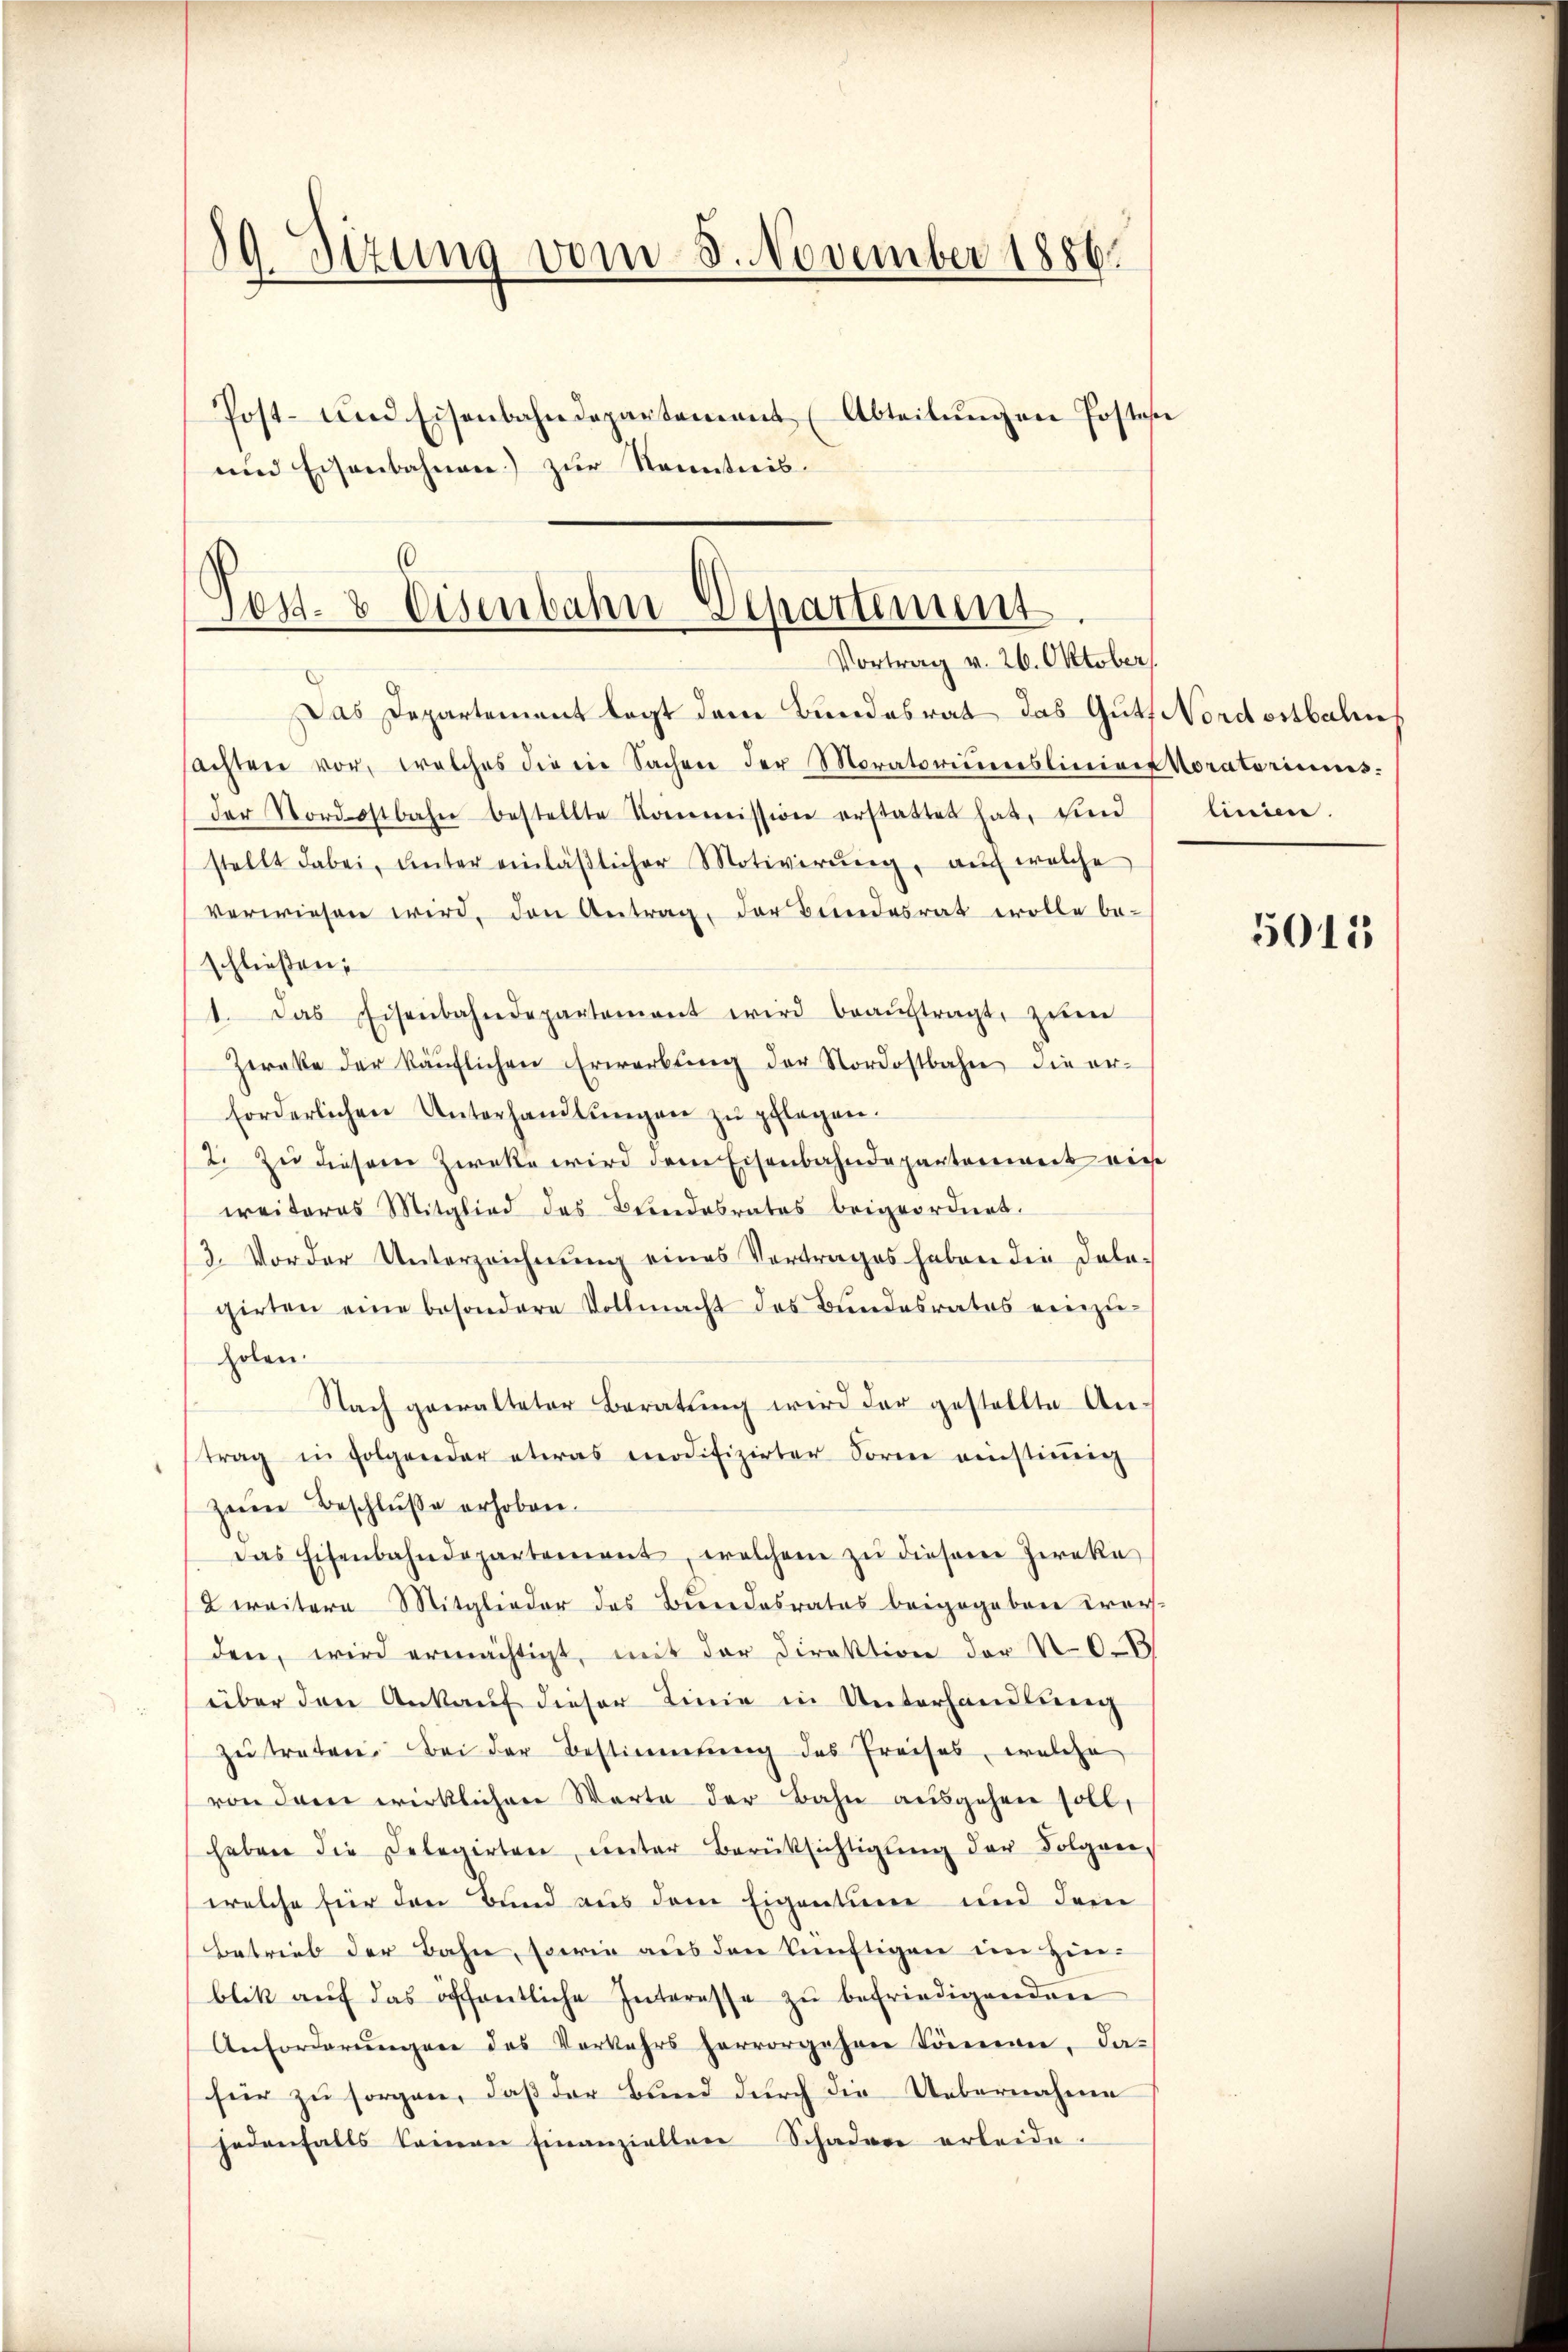
89. Sizung vom 8. November 1886.
Post- und Eisenbahndepartement (Abteilŭngen Postos
und Eisenbahnen) zur Kenntnis¬

Das Departement legt dem Bundesrat das Guts Nordostbalen
sachten vor, welches die ein Sachen der Moratoriieresliniere Voratoriums.
der Nordostbahn bestellte Kommission erstattet hat, und linien.
stellt dabei, unter einläβlicher Motiverŭng, auf welche
verwiesen wird, den Antrag, der Bundesrat wolle be-
schließen:
1. Das Eisenbahndepartement wird beaŭftragt zŭm
Zereke der käŭflichen Erwerbŭng der Nordostbahn die er-
forderlichen Unterhandlŭngen zu pflegen.
2. Zu diesem Zwecke wird dem Eisenbahndepartenweit vie
weiteres Mitglied des Bundesrates beigeordnet.
3. Vorder Unterzeichnung eines Vortrages haben die Delegirten eine besondere Vollmacht des Bŭndesrates einzŭ-
holen.
Nach gewalteter Beratŭng wird der gestellte An-
trag in Folgender etwas modifizirter Forme einstiṁig
zŭm Beschluße erhoben.
Das Eisenbahndepartement, welchem zŭ diesem Ziraka
weitere Mitglieder des Bundesrates beigegeben Cror-
den, wird ermächtigt, mit der Direktion der N.O.B
über den Ankauf dieser Linie in Unterhandlung
zŭtreten. Bei der Bestimmung des Preises, welche
von dem wirklichen Worte der Bahn ausgehen soll,
haben die Delegirten unter Berüksichtigŭng der Folgen,
welche für den Bund aus dem Eigentum und dem
betrieb der Bahn, sowie aus den künftigen im Zinblik aŭf das öffentliche Interesse zŭ befriedigenden
Anforderungen des Verkehrs hervorgehen kämen, da-
für zu sorgen, daß der Bund durch die Uebernahme
jedenfalls keinen Finanziellen Schaden erleide.

6
Jos. 8 Eisenbahn-Departement
Vortrag v. 26. Oktober

5015